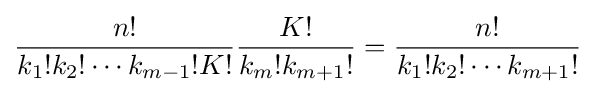
{\frac {n!}{k_{1}!k_{2}!\cdots k_{m-1}!K!}}{\frac {K!}{k_{m}!k_{m+1}!}}={\frac {n!}{k_{1}!k_{2}!\cdots k_{m+1}!}}